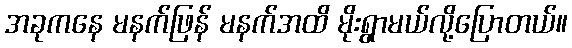
အခုကနေ မနက်ဖြန် မနက်အထိ မိုးရွာမယ်လို့ပြောတယ်။